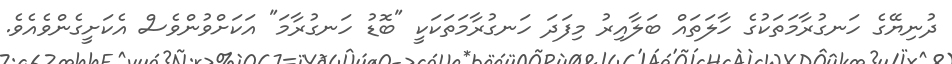
ދުނިޔޭގެ ހަނގުރާމަތަކުގެ ހާލަތައް ބަލާއިރު މިފަދަ ހަނގުރާމަތަކަކީ "ބޮޑު ހަނގުރާމަ" އަކަށްވުންވެސް އެކަށީގެންވެއެވެ.